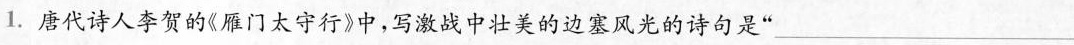
1.唐代诗人李贺的《雁门太守行》中，写激战中壮美的边塞风光的诗句是”___